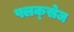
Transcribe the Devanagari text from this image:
फ्लक्‍सेज